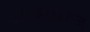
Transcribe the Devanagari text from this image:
ऑक्सरिज